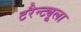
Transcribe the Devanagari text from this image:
टरैन्ट्यूला